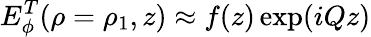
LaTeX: E_{\phi}^{T}(\rho=\rho_{1},z)\approx f(z)\exp(iQz)